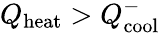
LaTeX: Q_{\mathrm{heat}}>Q_{\mathrm{cool}}^{-}